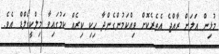
މުޅިން އަލަށް ރާއްޖެ އެތެރެކޮށް ވިއްކަމުންގެންދާ ހިކި ކިރެއް ކަމުގައިވާ މިލްކީގޯލްޑް އެވެ.